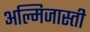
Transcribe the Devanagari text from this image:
अल्मिजास्ती